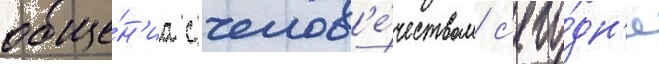
обще́н'иа с челов'е́чеством с'его́дн'я